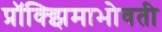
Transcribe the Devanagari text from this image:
प्रॉक्झिमाभोवती